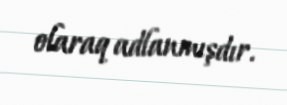
olaraq adlanmışdır.